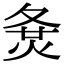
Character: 𡕛